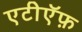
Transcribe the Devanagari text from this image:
एटीऍफ़